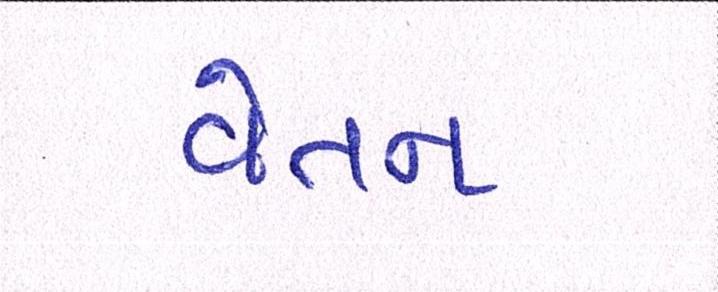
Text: વેતન